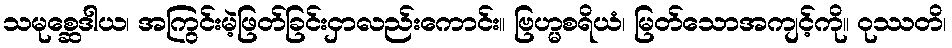
သမုစ္ဆေဒါယ၊ အကြွင်းမဲ့ဖြတ်ခြင်းငှာလည်းကောင်း။ ဗြဟ္မစရိယံ၊ မြတ်သောအကျင့်ကို။ ဝုဿတိ၊